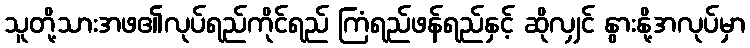
သူတို့သားအဖ၏လုပ်ရည်ကိုင်ရည် ကြံရည်ဖန်ရည်နှင့် ဆိုလျှင် နွားနို့အလုပ်မှာ